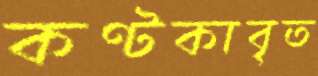
কণ্টকাবৃত